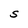
Character: S